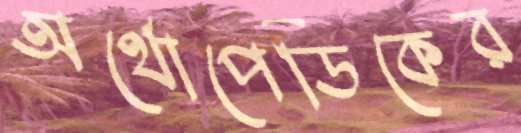
অর্থোপেডিকের